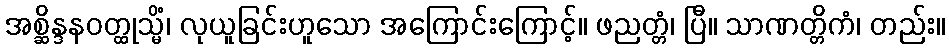
အစ္ဆိန္ဒနဝတ္ထုသ္မိံ၊ လုယူခြင်းဟူသော အကြောင်းကြောင့်။ ဖညတ္တံ၊ ပြီ။ သာဏတ္တိကံ၊ တည်း။